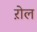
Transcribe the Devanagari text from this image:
ऱोल